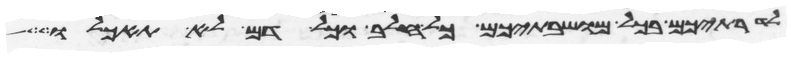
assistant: לדרתיכם בכל מושבתיכם כל חלב וכל דם לא תאכלו